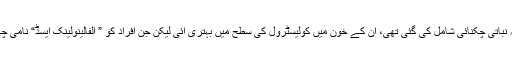
ڈاکٹر شیلا کی رپورٹ کے مطابق جن افراد کی غذامیں حیوانی چکنائی کی جگہ نباتی چکنائی شامل کی گئی تھی، ان کے خون میں کولیسٹرول کی سطح میں بہتری آئی لیکن جن افراد کو ” الفالینولینک ایسڈ“ نامی چکنائی زیادہ دی گئی تھی، ان کی شریانوں کی کارکردگی زیادہ بہتر ہوگئی تھی۔